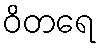
ဝိတရေ